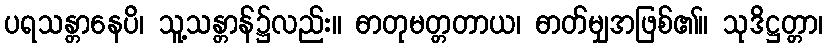
ပရသန္တာနေပိ၊ သူ့သန္တာန်၌လည်း။ ဓာတုမတ္တတာယ၊ ဓာတ်မျှအဖြစ်၏။ သုဒိဋ္ဌတ္တာ၊